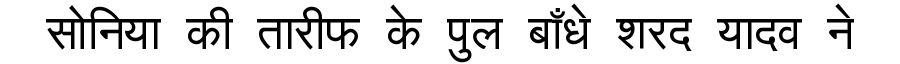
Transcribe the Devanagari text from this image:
सोनिया की तारीफ के पुल बाँधे शरद यादव ने